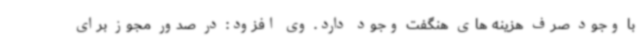
با وجود صرف هزینه های هنگفت وجود دارد. وی افزود: در صدور مجوز برای